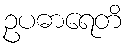
ဥပဓာရေတိ